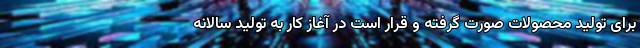
برای تولید محصولات صورت گرفته و قرار است در آغاز کار به تولید سالانه